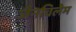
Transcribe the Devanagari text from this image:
जैनविलेम